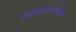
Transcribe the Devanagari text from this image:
स्त्रीकनकमोहघ्नः